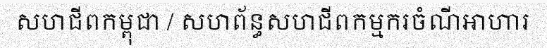
សហជីពកម្ពុជា / សហព័ន្ធសហជីពកម្មករចំណីអាហារ